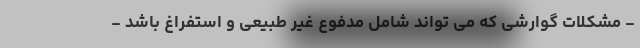
- مشکلات گوارشی که می تواند شامل مدفوع غیر طبیعی و استفراغ باشد -